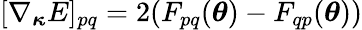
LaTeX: \begin{array}{r}{[\nabla_{{\boldsymbol{\kappa}}}E]_{pq}=2(F_{pq}({\boldsymbol{\theta}})-F_{qp}({\boldsymbol{\theta}}))}\end{array}